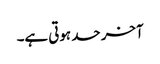
آخر حد ہوتی ہے۔